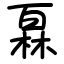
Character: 𤾓